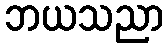
ဘယသညာ